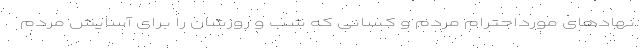
نهادهای مورداحترام مردم و کسانی که شب و روزشان را برای آسایش مردم